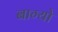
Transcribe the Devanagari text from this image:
बाग्यो